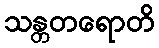
သန္တတရောတိ